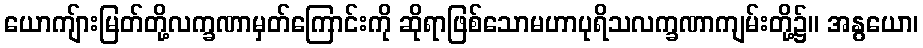
ယောကျ်ားမြတ်တို့လက္ခဏာမှတ်ကြောင်းကို ဆိုရာဖြစ်သောမဟာပုရိသလက္ခဏာကျမ်းတို့၌။ အနွယော၊